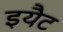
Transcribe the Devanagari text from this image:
इयैट